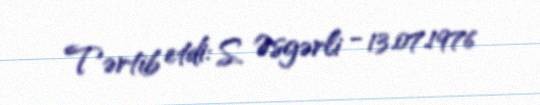
Tərtib etdi: S. Əsgərli - 13.07.1976